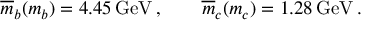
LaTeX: \overline { { { m } } } _ { b } ( m _ { b } ) = 4 . 4 5 \, \mathrm { G e V } \, , \qquad \overline { { { m } } } _ { c } ( m _ { c } ) = 1 . 2 8 \, \mathrm { G e V } \, .